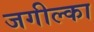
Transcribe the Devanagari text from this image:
जगील्का